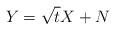
LaTeX: \begin{align*} Y = \sqrt{t}X+N\end{align*}